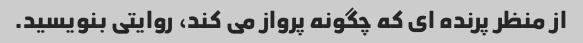
از منظر پرنده ای که چگونه پرواز می کند، روایتی بنویسید.